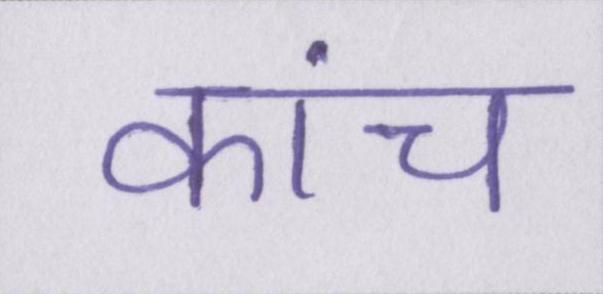
कांच